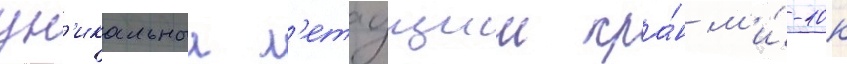
ун'икальныи л'етаущии кра́н м'и́-10к